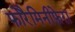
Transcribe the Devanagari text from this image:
फोरैमिनीफ़ेरा